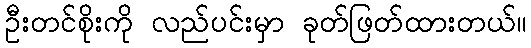
ဦးတင်စိုးကို လည်ပင်းမှာ ခုတ်ဖြတ်ထားတယ်။